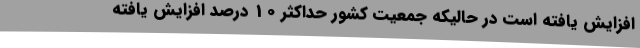
افزایش یافته است در حالیکه جمعیت کشور حداکثر 10 درصد افزایش یافته